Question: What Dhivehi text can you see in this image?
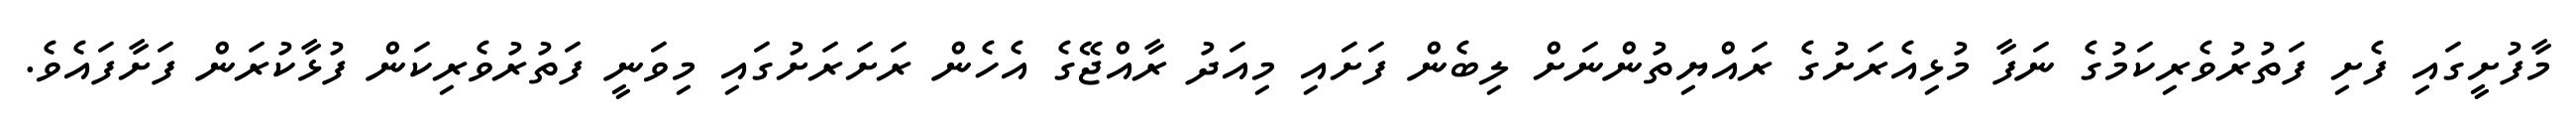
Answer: މާފުށީގައި ފެށި ފަތުރުވެރިކަމުގެ ނަފާ މުޅިއެރަށުގެ ރައްޔިތުންނަށް ލިބެން ފަށައި މިއަދު ރާއްޖޭގެ އެހެން ރަށަރަށުގައި މިވަނީ ފަތުރުވެރިކަން ފުޅާކުރަން ފަށާފައެވެ.